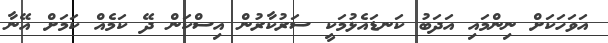
އަވަހަކަށް ނިންމައި އަދަބު ކަނޑައެޅުމަކީ ސަރުކާރުން އިސްކަން ދޭ ކަމެއް ކަމަށް އޭނާ